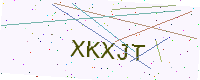
Text: XKXJT